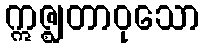
ဣဇ္ဈတာဝုသော